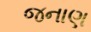
જનાણ